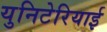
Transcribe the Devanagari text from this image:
युनिटेरियाई